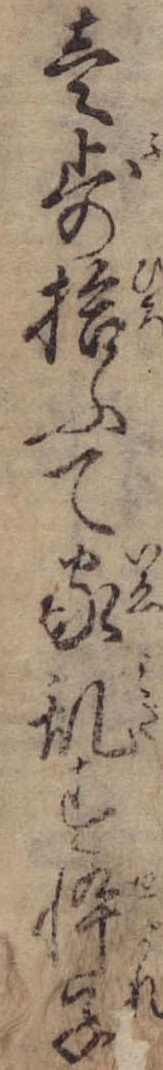
壱歩拾ふて家乱す忰子